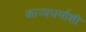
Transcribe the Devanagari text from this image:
काव्यधर्माशी